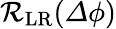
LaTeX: \mathcal{R}_{\mathrm{LR}}({\mathit\Delta\phi})